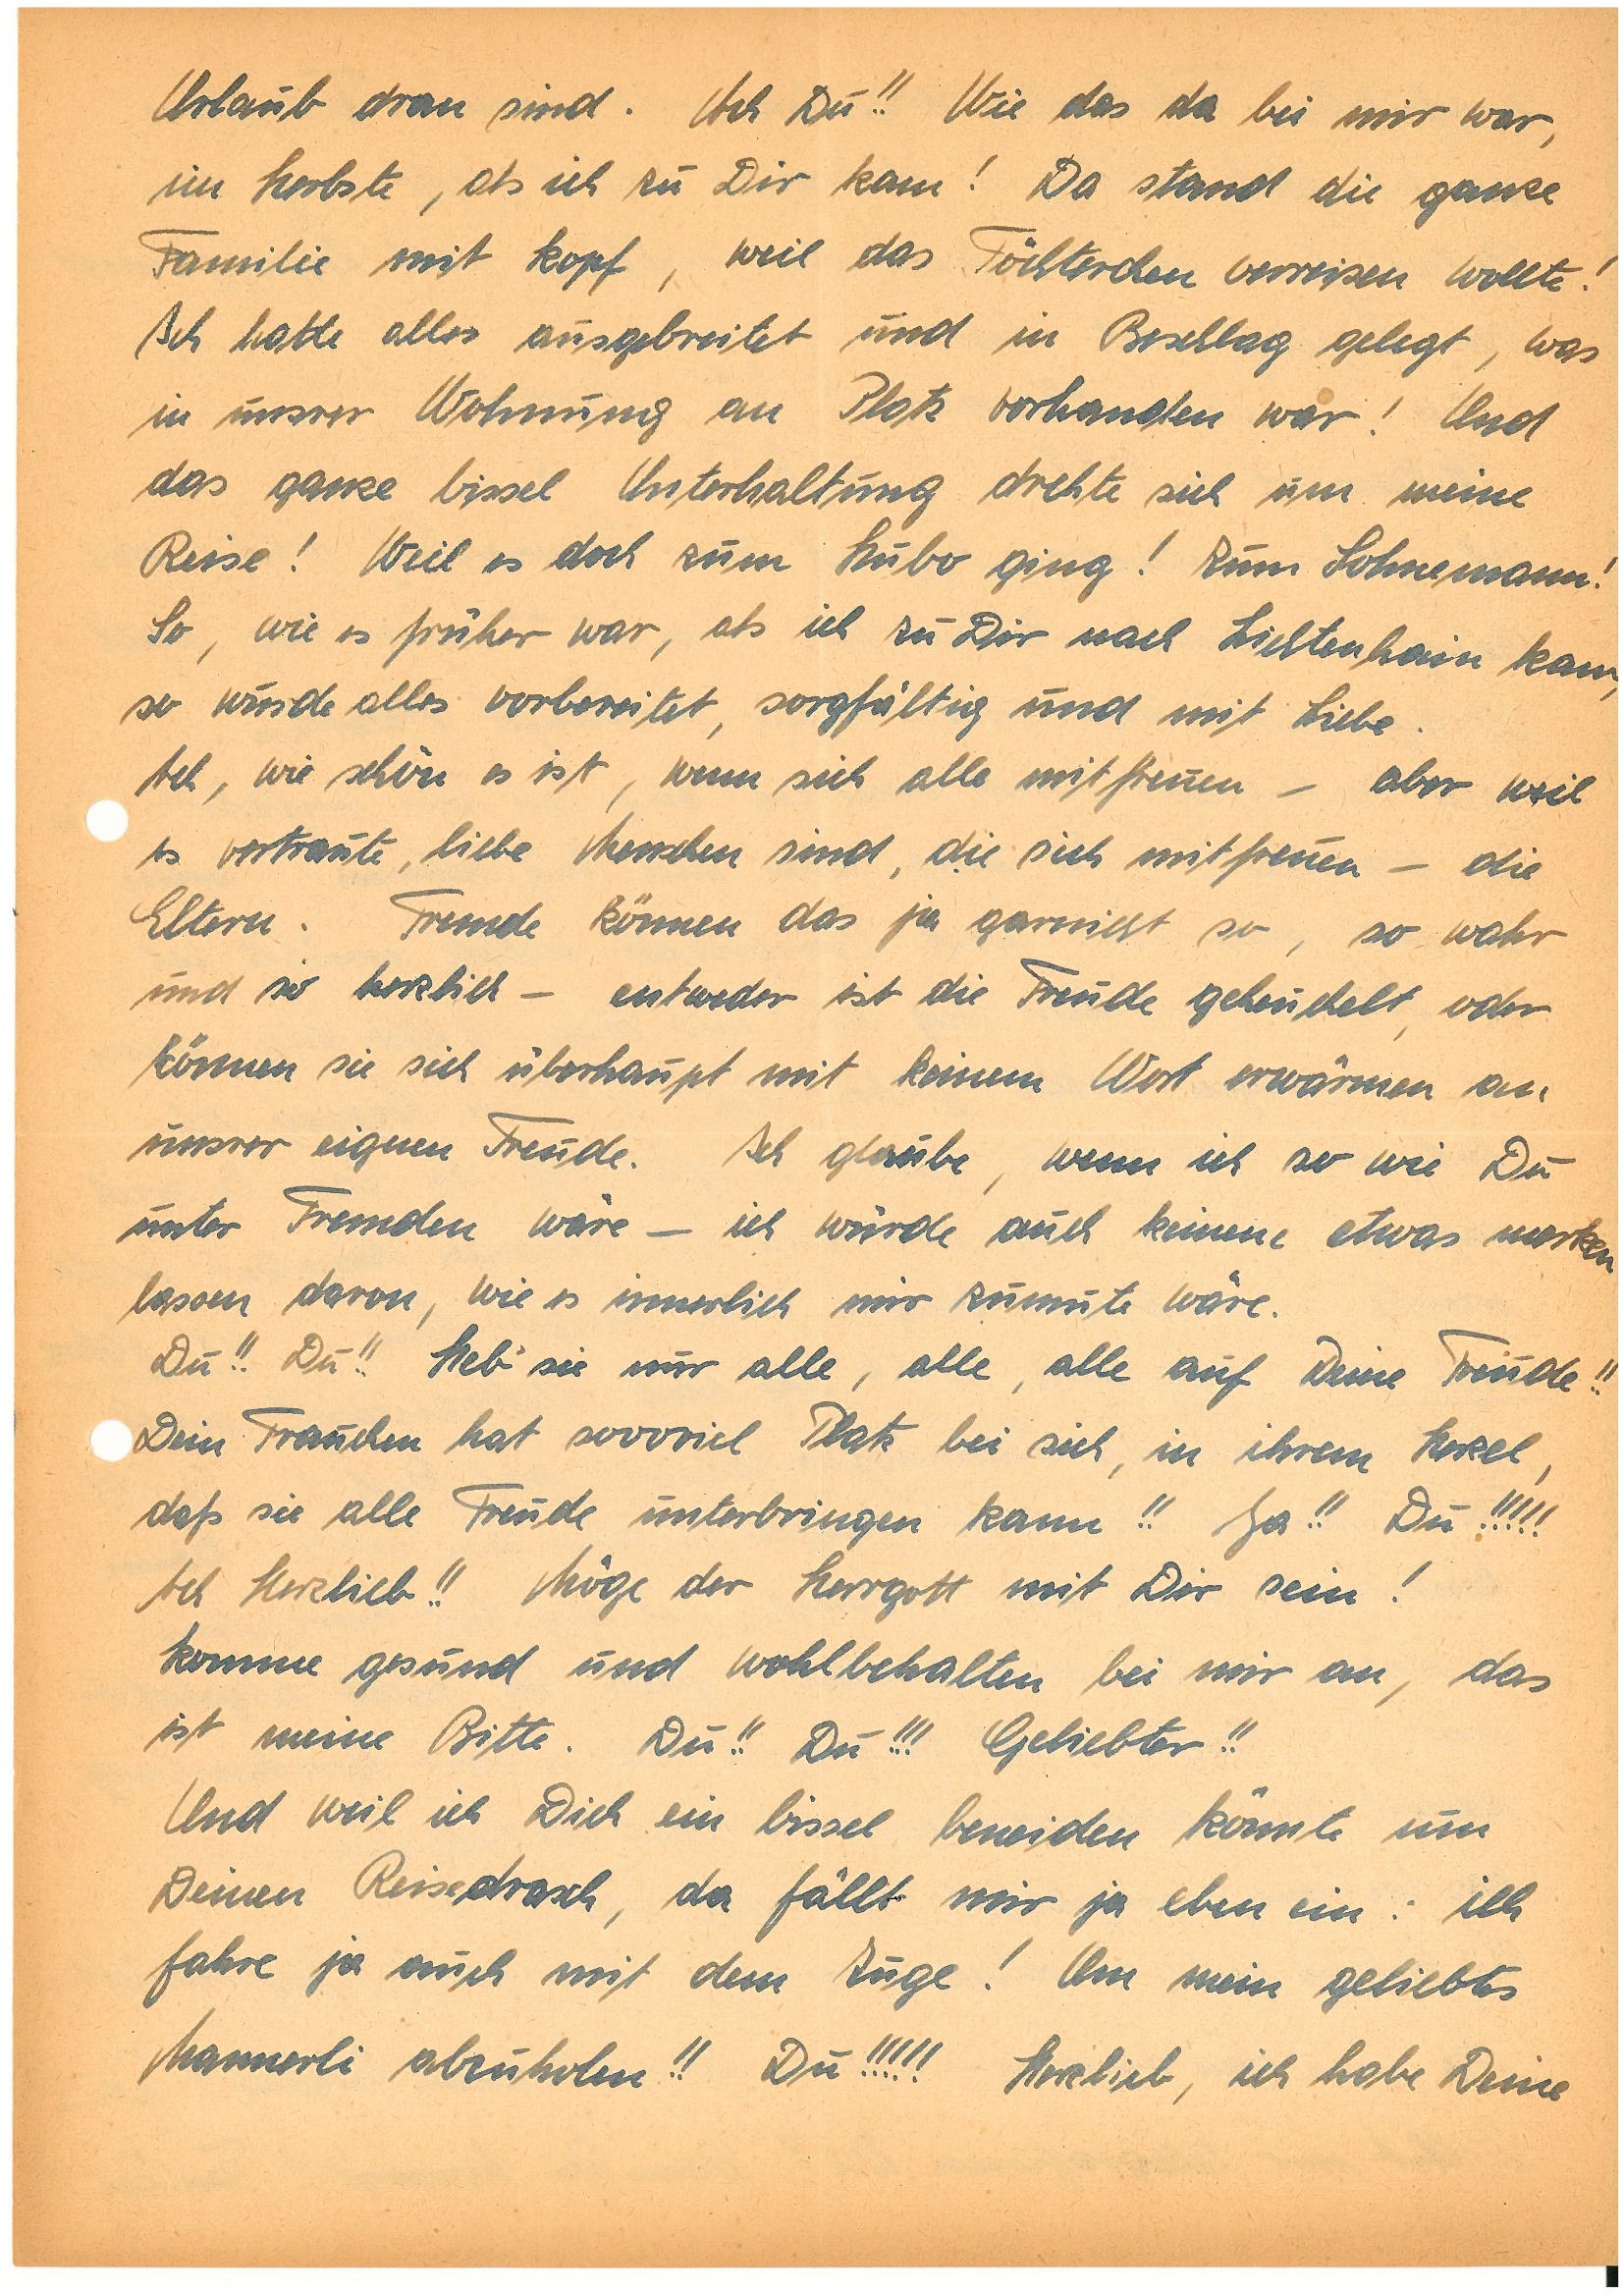
Urlaub dran sind. Ach Du!! Wie das da bei mir war,
im Herbste, als ich zu Dir kam! Da stand die ganze
Familie mit Kopf, weil das Töchterchen verreisen wollte!
Ich hatte alles ausgebreitet und in Beschlag gelegt, was
in unsrer Wohnung an Platz vorhanden war! Und
das ganze bissel Unterhaltung drehte sich um meine
Reise! Weil es doch zum Hubo ging! Zum Sohnemann!
So, wie es früher war, als ich zu Dir nach L. kam,
so wurde alles vorbereitet, sorgfältig und mit Liebe.
Ach, wie schön es ist, wenn sich alle mitfreuen – aber weil
es vertraute, liebe Menschen sind, die sich mitfreuen – die
Eltern. Fremde können das ja garnicht so, so wahr
und so herzlich – entweder ist die Freude geheuchelt, oder
können sie sich überhaupt mit keinem Wort erwärmen an
unsrer eignen Freude. Ich glaube, wenn ich so wie Du
unter Fremden wäre – ich würde auch keinen etwas merken
lassen davon, wie es innerlich mir zumute wäre.
Du!! Du!! Heb’ sie nur alle, alle, alle auf Deine Freude!!
Dein Frauchen hat soooviel Platz bei sich, in ihrem Herzel,
daß sie alle Freude unterbringen kann!! Ja!! Du!!!!!
Ach Herzlieb!! Möge der Herrgott mit Dir sein!
Komme gesund und wohlbehalten bei mir an, das
ist meine Bitte. Du!! Du!!! Geliebter!!
Und weil ich Dich ein bissel beneiden könnte um
Deinen Reisedrasch, da fällt mir ja eben ein: ich
fahre ja auch mit dem Zuge! Um mein geliebtes
Mannerli abzuholen!! Du!!!!! Herzlieb, ich habe Deine